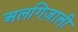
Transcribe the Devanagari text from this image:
अलगिज़ाली